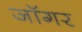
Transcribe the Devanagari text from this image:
जॉगर